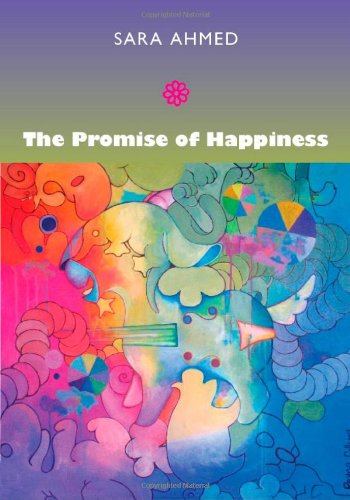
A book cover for The Promise of Happiness; Sara Ahmed; Gay & Lesbian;